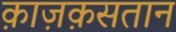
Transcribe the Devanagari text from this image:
क़ाज़क़सतान